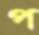
প